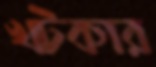
খটকার